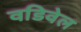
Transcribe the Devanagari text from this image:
वडिवेल